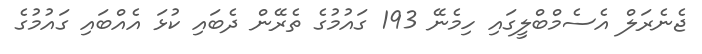
ޖެނެރަލް އެސެމްބްލީގައި ހިމެނޭ 193 ގައުމުގެ ތެރޭން ދެބައި ކުޅަ އެއްބައި ގައުމުގެ